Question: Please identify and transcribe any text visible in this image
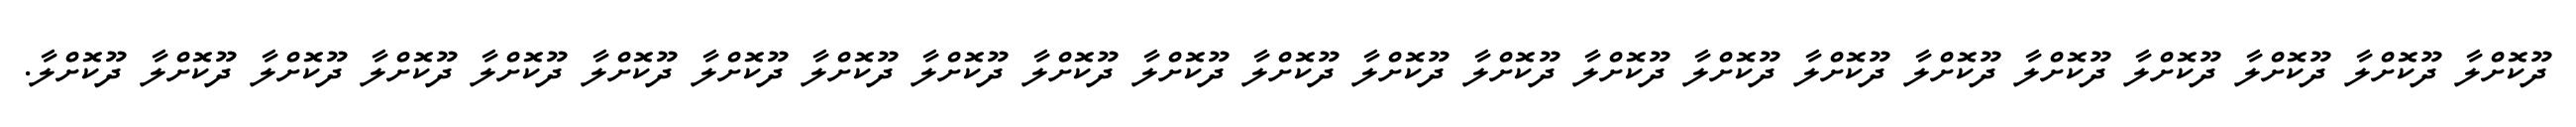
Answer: ދޫކޮށްލާ ދޫކޮށްލާ ދޫކޮށްލާ ދޫކޮށްލާ ދޫކޮށްލާ ދޫކޮށްލާ ދޫކޮށްލާ ދޫކޮށްލާ ދޫކޮށްލާ ދޫކޮށްލާ ދޫކޮށްލާ ދޫކޮށްލާ ދޫކޮށްލާ ދޫކޮށްލާ ދޫކޮށްލާ ދޫކޮށްލާ ދޫކޮށްލާ ދޫކޮށްލާ ދޫކޮށްލާ ދޫކޮށްލާ ދޫކޮށްލާ ދޫކޮށްލާ ދޫކޮށްލާ.